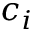
c _ { i }